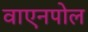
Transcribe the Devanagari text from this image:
वाएनपोल